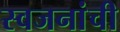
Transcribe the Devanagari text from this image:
स्वजनांची